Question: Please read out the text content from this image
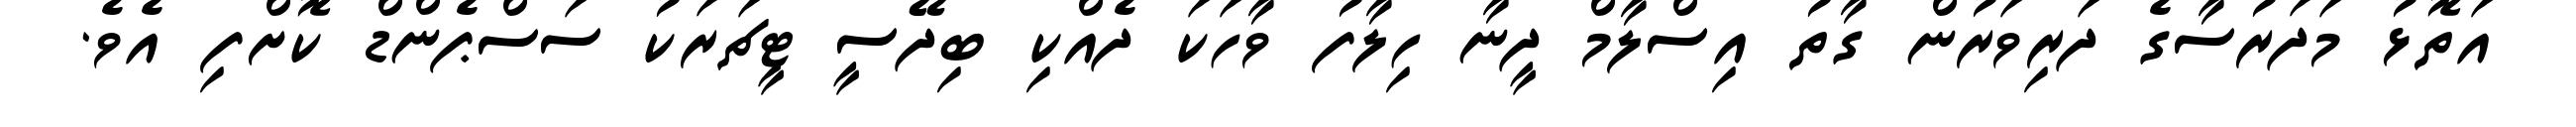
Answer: އަތޮޅު މަދަރުސާގެ ދަރިވަރުން ގާތު އިސްލާމް ދީނާ ހިލާފު ވާހަކަ ދެއްކި ބިދޭސީ ޓީޗަރަކު ސަސްޕެންޑް ކޮށްފި އެވެ.